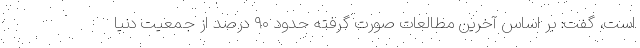
است، گفت: بر اساس آخرین مطالعات صورت گرفته حدود ۹۰ درصد از جمعیت دنیا